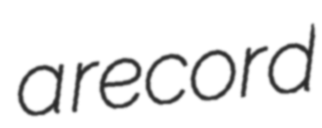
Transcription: a record